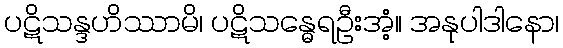
ပဋိသန္ဒဟိဿာမိ၊ ပဋိသန္ဓေရဦးအံ့။ အနုပါဒါနော၊